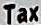
TAX